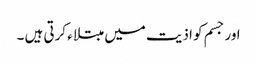
اور جسم کو اذیت میں مبتلاء کرتی ہیں ۔